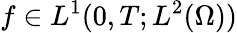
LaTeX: f\in L^{1}(0,T;L^{2}(\Omega))